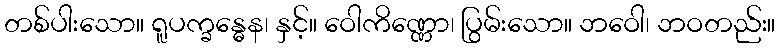
တစ်ပါးသော။ ရူပက္ခန္ဓေန၊ နှင့်။ ဝေါကိဏ္ဏော၊ ပြွမ်းသော။ ဘဝေါ၊ ဘဝတည်း။